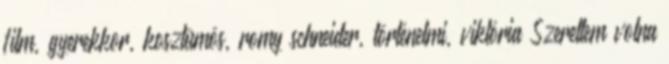
film, gyerekkor, kosztümös, romy schneider, történelmi, viktória Szerettem volna